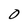
Character: 0